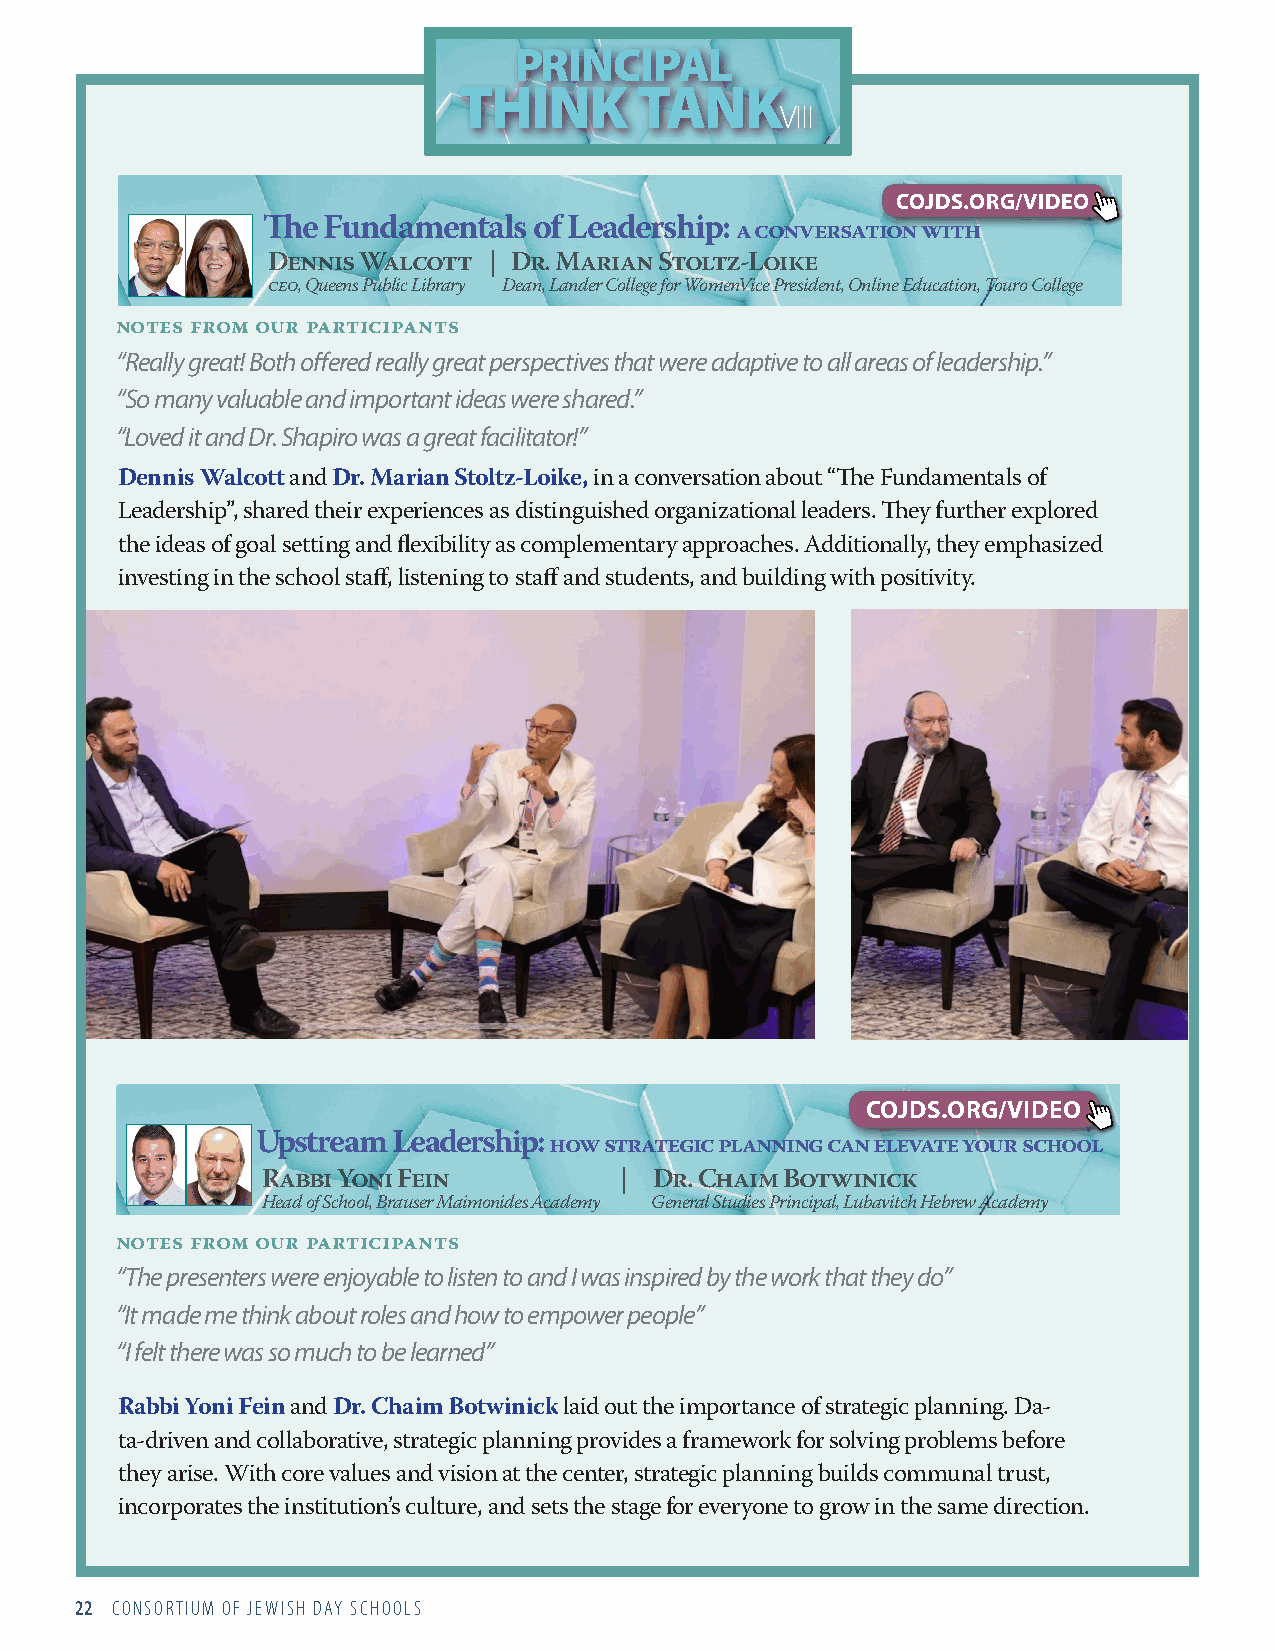
PRINCIPAL
 THINK       TANK
 VIII
 COJDS.ORG/VIDEO
 The Fundamentals  of Leadership: a conversation with
 Dennis Walcott | Dr. Marian Stoltz-Loike
 ceo, Queens Public Library Dean, Lander College for WomenVice President, Online Education, Touro College
 notes from our participants
 “Really great! Both offered really great perspectives that were adaptive to all areas of leadership.”
 “So many valuable and important ideas were shared.”
 “Loved it and Dr. Shapiro was a great facilitator!”
 Dennis Walcott and Dr. Marian Stoltz-Loike, in a conversation about “The Fundamentals of
 Leadership”, shared their experiences as distinguished organizational leaders. They further explored
 the ideas of goal setting and flexibility as complementary approaches. Additionally, they emphasized
 investing in the school staff, listening to staff and students, and building with positivity.
 COJDS.ORG/VIDEO
 Upstream Leadership: how strategic planning can elevate your school
 Rabbi Yoni Fein         | Dr. Chaim Botwinick
 Head of School, Brauser Maimonides Academy General Studies Principal, Lubavitch Hebrew Academy
 notes from our participants
 “The presenters were enjoyable to listen to and I was inspired by the work that they do”
 “It made me think about roles and how to empower people”
 “I felt there was so much to be learned”
 Rabbi Yoni Fein and Dr. Chaim Botwinick laid out the importance of strategic planning. Da-
 ta-driven and collaborative, strategic planning provides a framework for solving problems before
 they arise. With core values and vision at the center, strategic planning builds communal trust,
 incorporates the institution’s culture, and sets the stage for everyone to grow in the same direction.
 22 CONSORTIUM OF JEWISH DAY SCHOOLS